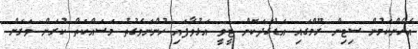
އެހެންކަމުން ސިޓިން ރޫމްގައި އަޑުގަދަކޮން ޓީވީ އަޅުވާފައި ހުންނަވަގުތު މަސައްކަތް ކުރަން ވަރަށް